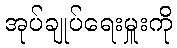
အုပ်ချုပ်ရေးမှူးကို